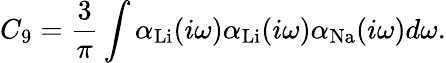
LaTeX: C_{9}=\frac{3}{\pi}\int\alpha_{\mathrm{Li}}(i\omega)\alpha_{\mathrm{Li}}(i\omega)\alpha_{\mathrm{Na}}(i\omega)d\omega.